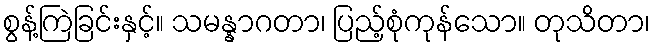
စွန့်ကြဲခြင်းနှင့်။ သမန္နာဂတာ၊ ပြည့်စုံကုန်သော။ တုသိတာ၊